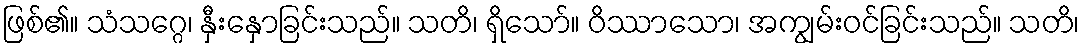
ဖြစ်၏။ သံသဂ္ဂေ၊ နှီးနှောခြင်းသည်။ သတိ၊ ရှိသော်။ ဝိဿာသော၊ အကျွမ်းဝင်ခြင်းသည်။ သတိ၊